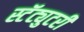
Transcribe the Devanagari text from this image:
स्टॅट्युटरी